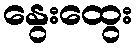
နွေးထွေး